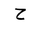
Letter: _ha